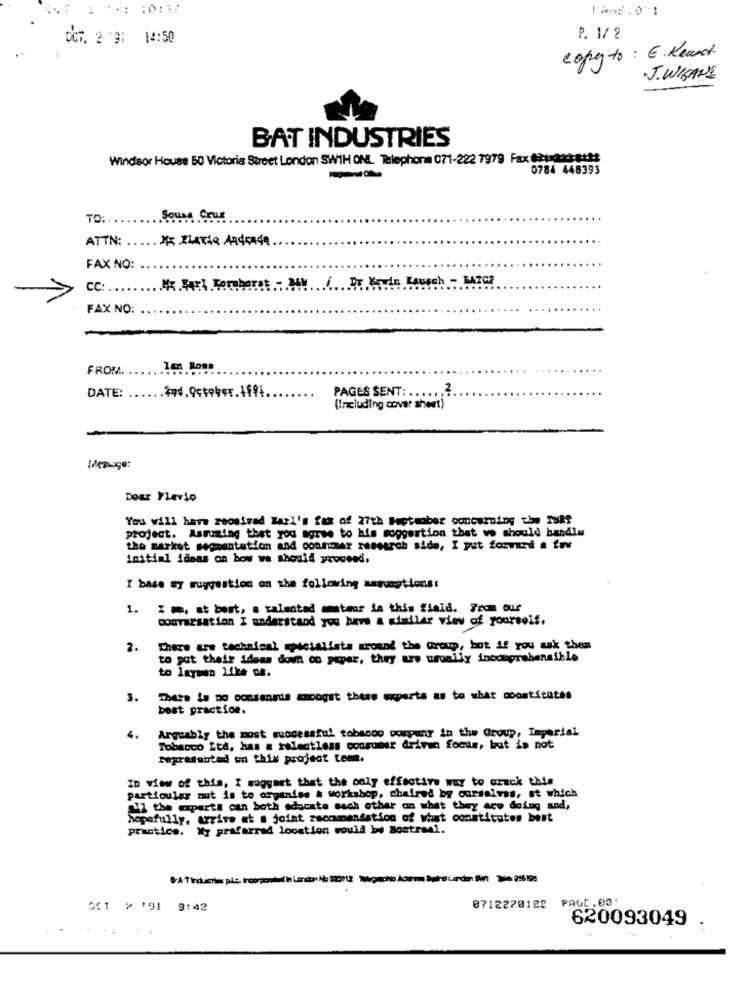
OCT. 2 9: 14:50
P. 1/ 2
copy to : E. Keant
J. WIGANE
BAT INDUSTRIES
Windsor House 50 Victoria Street London SW1H ONL Telephone 071-222 7979 Fax #2tada3-8182
0784 448393
TO:
Souse Couf
ATTN:
FAX NO:
cc :...
FAX NO:
-
FROM.
Ic Ross
DATE:
.2
PAGES SENT: ......
(Including cover sheet)
Message:
DosE Plerse
You will have received Karl's fan of 27th September concerning the TsAf
project. Assuming that you agree to his moggertion that we should handlu
the market segmentation and consumer research side, I put forward a fnv
initial ideas on bow wa should proceed.
I base sy suggestion on the following assumptions:
1.
% m, at bort, a talented anter in this fiaid. From our
conversation I understand you have a similar view of yourself.
2.
There are technical specialists around the Group, but if you ask them
to put their ideas down on paper, they are usually incouprahensible
to Inymen Like os.
3.
Thets la Do consensde amongst these experts as to what doontStates
best practice.
Arguably the most successful tobacco company in the Group, Imperial
4.
Tobacco Ltd, has a relentless consumer driven foottr, but is not
regrasabtad on this project tem.
In view of this, I suggest that the only effective way to arack this
partioular aut is to organiss & workshop, chaired by ourselves, st which
17 the expert! can both edacate such other on what they are doing and,
hopefully, arrive at . joint recommendation of what constitutes best
practice. My prafarred location would bw Mostrael.
PAGE, 031
OCT ? '1 9:42
8712220182
620093049 .